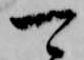
可